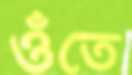
ওঁতে